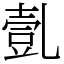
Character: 亄